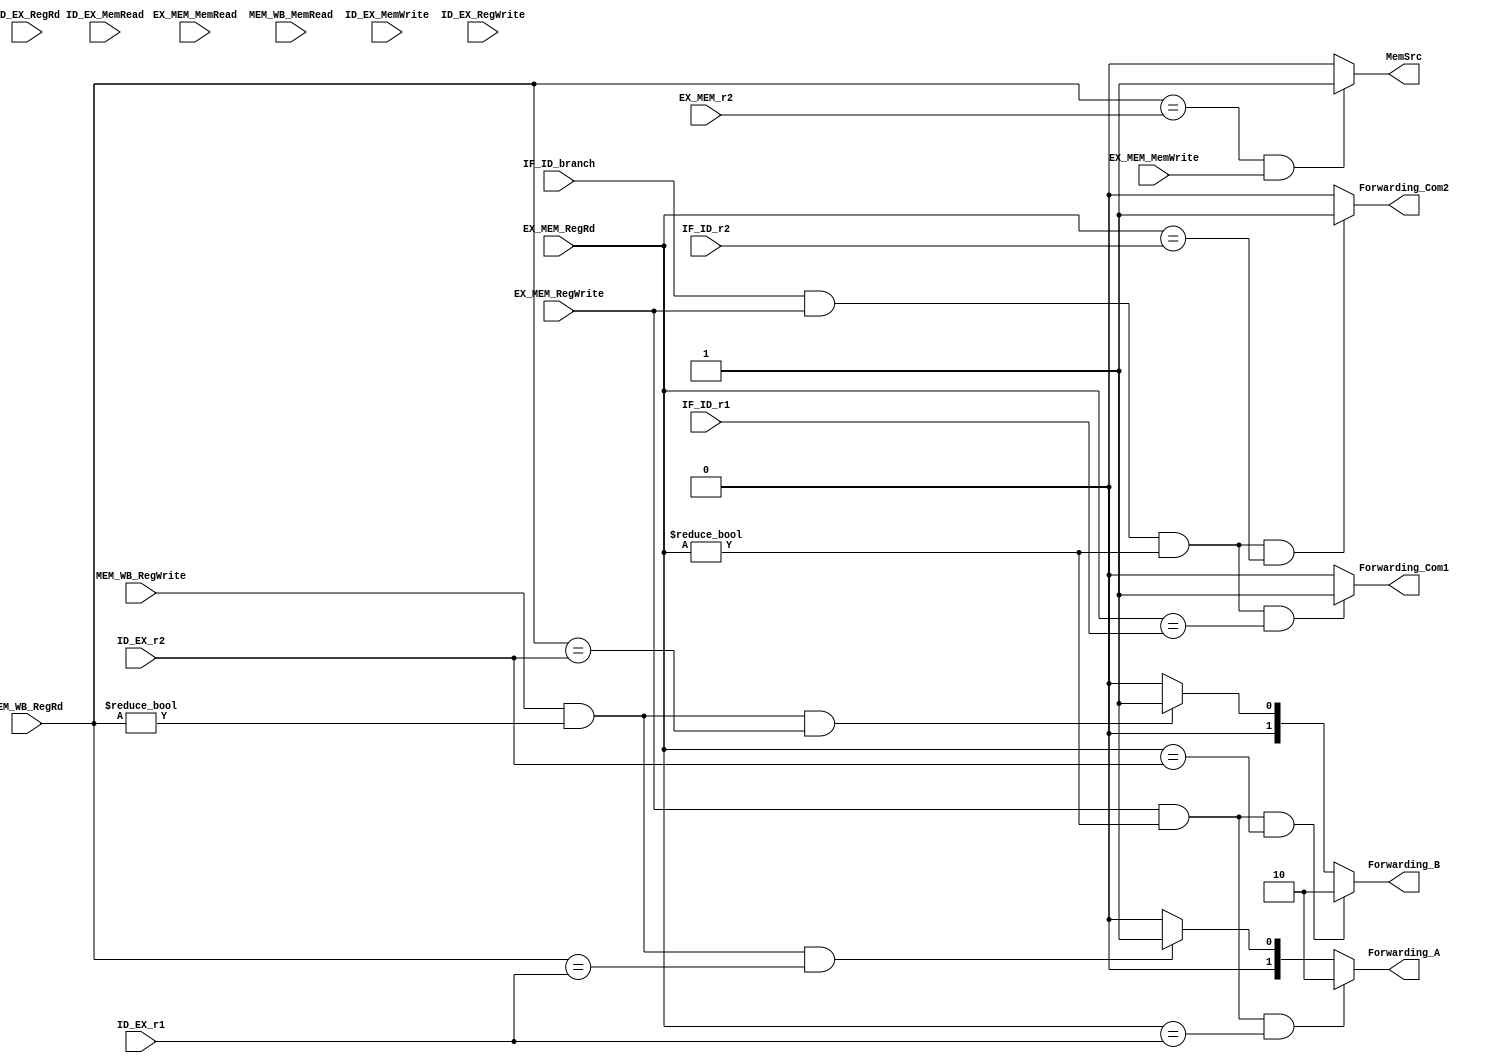
`timescale 1ns / 1ps
//////////////////////////////////////////////////////////////////////////////////
// Company: 
// Engineer: 
// 
// Design Name: 
// Module Name: Fowarding
// Project Name: 
// Target Devices: 
// Tool Versions: 
// Description: 
// 
// Dependencies: 
// 
// Revision:
// Revision 0.01 - File Created
// Additional Comments:
// 
//////////////////////////////////////////////////////////////////////////////////


module Forwarding
(
    input [4:0] ID_EX_r1,
    input [4:0] ID_EX_r2,
    input [4:0] IF_ID_r1,
    input [4:0] IF_ID_r2,
    input [4:0] EX_MEM_r2, 
    
    input [4:0] MEM_WB_RegRd,
    input [4:0] EX_MEM_RegRd,
    input [4:0] ID_EX_RegRd,
    
    input MEM_WB_RegWrite, 
    input EX_MEM_RegWrite,
    input EX_MEM_MemWrite,

    input EX_MEM_MemRead,
    input MEM_WB_MemRead,
    
    input ID_EX_MemRead,
    input ID_EX_MemWrite,
    input ID_EX_RegWrite,
    input IF_ID_branch,
    
    output reg [1:0] Forwarding_A,
    output reg [1:0] Forwarding_B,
    output reg Forwarding_Com1,
    output reg Forwarding_Com2,
    output reg MemSrc
    );
    
    initial begin
        Forwarding_A = 2'b00;
        Forwarding_B = 2'b00;
        Forwarding_Com1 = 1'b0;
        Forwarding_Com2 = 1'b0;
        MemSrc = 1'b0; 
    end
    
    always @(*) begin
    //ForwardingA
        //EX
        if (EX_MEM_RegWrite && (EX_MEM_RegRd!=0) && EX_MEM_RegRd == ID_EX_r1)
            Forwarding_A = 2'b10;
        //MEM
        else if (MEM_WB_RegWrite && (MEM_WB_RegRd!=0) && MEM_WB_RegRd == ID_EX_r1)
            Forwarding_A = 2'b01;
        else
            Forwarding_A = 2'b00;
    
    //ForwardingB
         //EX
        if (EX_MEM_RegWrite && (EX_MEM_RegRd!=0) && EX_MEM_RegRd == ID_EX_r2)
            Forwarding_B = 2'b10;
         //MEM
        else if (MEM_WB_RegWrite && (MEM_WB_RegRd!=0) && MEM_WB_RegRd == ID_EX_r2) 
            Forwarding_B = 2'b01;
        else
            Forwarding_B = 2'b00;
   
    //Memsrc
        if (MEM_WB_RegRd == EX_MEM_r2 && EX_MEM_MemWrite) 
            MemSrc = 1'b1;
        else
            MemSrc = 1'b0;

    //ForwardingEq
        if (IF_ID_branch && EX_MEM_RegWrite && (EX_MEM_RegRd!=0) && EX_MEM_RegRd == IF_ID_r1)
            Forwarding_Com1 = 1'b1;
        else
            Forwarding_Com1 = 1'b0;
        
        if (IF_ID_branch && EX_MEM_RegWrite && (EX_MEM_RegRd!=0) && EX_MEM_RegRd == IF_ID_r2)
            Forwarding_Com2 = 1'b1; 
        else
            Forwarding_Com2 = 1'b0; 

    end

endmodule